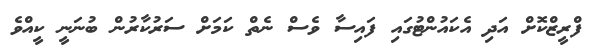
ފްރީޒްކޮށް އަދި އެކައުންޓުގައި ފައިސާ ވެސް ނެތް ކަމަށް ސަރުކާރުން ބުނަނީ ކީއްވެ